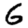
Digit: 6